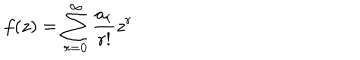
f ( z ) = \sum _ { r = 0 } ^ { \infty } \frac { a _ { r } } { r ! } z ^ { r }